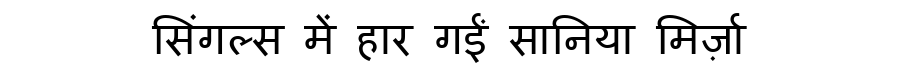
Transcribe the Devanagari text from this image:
सिंगल्स में हार गईं सानिया मिर्ज़ा